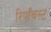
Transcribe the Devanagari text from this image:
रिपाँचस्ट